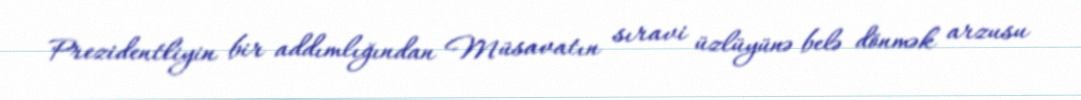
Prezidentliyin bir addımlığından Müsavatın sıravi üzlüyünə belə dönmək arzusu